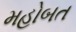
મહોબત